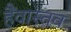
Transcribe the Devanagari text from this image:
हैंवास्तव